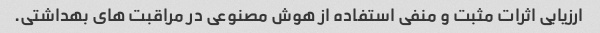
ارزیابی اثرات مثبت و منفی استفاده از هوش مصنوعی در مراقبت های بهداشتی.